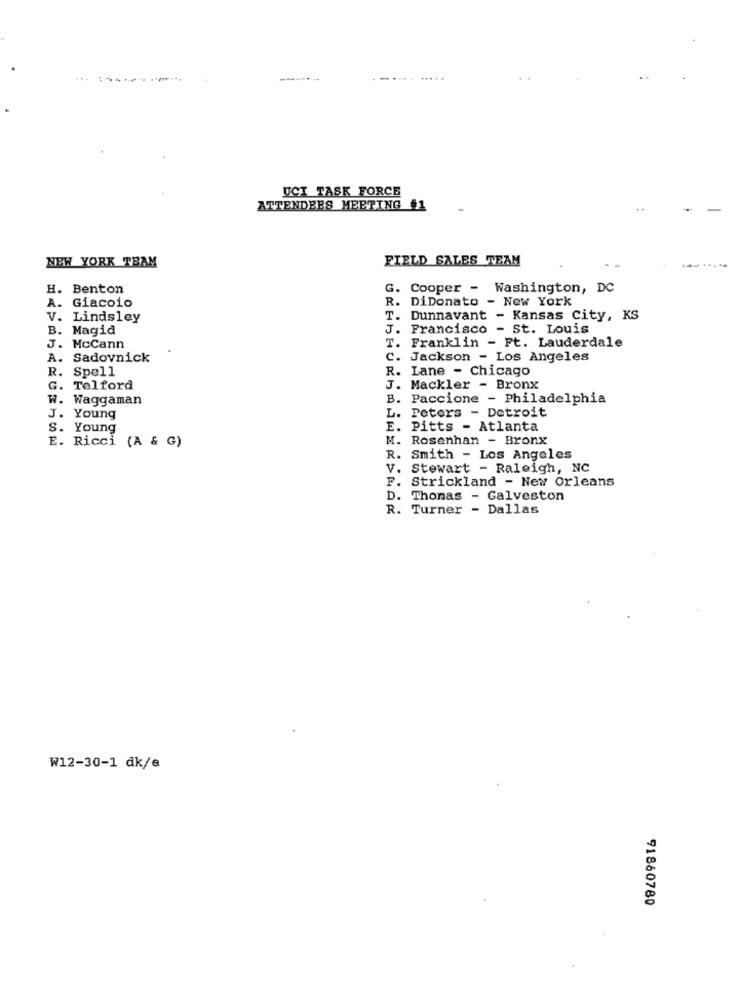
-
----
UCI TASK FORCE
ATTENDEES MEETING #1
FIELD SALES TEAM
NEW YORK TEAM
H. Benton
G.
Cooper - Washington, DC
R. DiDonato - New York
A. Giacoio
V. Lindsley
T. Dunnavant - Kansas City, KS
B. Magid
J. Francisco - St. Louis
T. Franklin - Ft. Lauderdale
J. McCann
A. Sadovnick
C. Jackson - Los Angeles
R. Spell
R. Lane - Chicago
G. Telford
J. Mackler - Bronx
W. Waggaman
B. Paccione - Philadelphia
J. Young
L. Peters - Detroit
S. Young
E. Pitts - Atlanta
E. Ricci (A & G)
M. Rosenhan - Bronx
R. Smith - Los Angeles
V. Stewart - Raleigh, NC
F. Strickland - New Orleans
D. Thomas - Galveston
R. Turner - Dallas
W12-30-1 dk/e
91860780